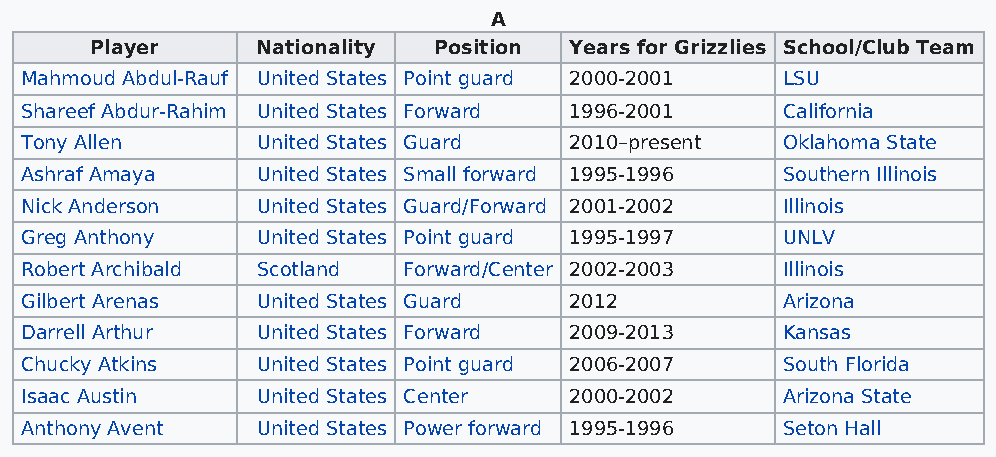
A
 Player     Nationality Position Years for Grizzlies School/Club Team
 Mahmoud Abdul-Rauf United States Point guard 2000-2001 LSU
 Shareef Abdur-Rahim United States Forward 1996-2001 California
 Tony Allen      United States Guard  2010–present  Oklahoma State
 Ashraf Amaya    United States Small forward 1995-1996 Southern Illinois
 Nick Anderson   United States Guard/Forward 2001-2002 Illinois
 Greg Anthony    United States Point guard 1995-1997 UNLV
 Robert Archibald Scotland Forward/Center 2002-2003 Illinois
 Gilbert Arenas  United States Guard  2012          Arizona
 Darrell Arthur  United States Forward 2009-2013    Kansas
 Chucky Atkins   United States Point guard 2006-2007 South Florida
 Isaac Austin    United States Center 2000-2002     Arizona State
 Anthony Avent   United States Power forward 1995-1996 Seton Hall